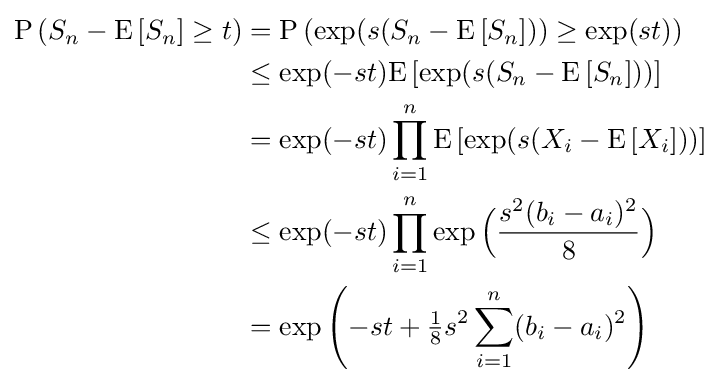
{\begin{aligned}\operatorname {P} \left(S_{n}-\mathrm {E} \left[S_{n}\right]\geq t\right)&=\operatorname {P} \left(\exp(s(S_{n}-\mathrm {E} \left[S_{n}\right]))\geq \exp(st)\right)\\&\leq \exp(-st)\mathrm {E} \left[\exp(s(S_{n}-\mathrm {E} \left[S_{n}\right]))\right]\\&=\exp(-st)\prod _{i=1}^{n}\mathrm {E} \left[\exp(s(X_{i}-\mathrm {E} \left[X_{i}\right]))\right]\\&\leq \exp(-st)\prod _{i=1}^{n}\exp {\Big (}{\frac {s^{2}(b_{i}-a_{i})^{2}}{8}}{\Big )}\\&=\exp \left(-st+{\tfrac {1}{8}}s^{2}\sum _{i=1}^{n}(b_{i}-a_{i})^{2}\right)\end{aligned}}